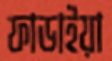
ফাডাইয়া